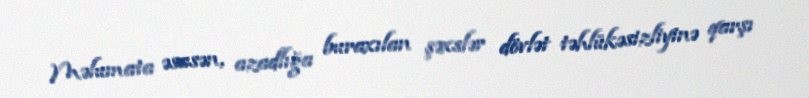
Məlumata əsasən, azadlığa buraxılan şəxslər dövlət təhlükəsizliyinə qarşı